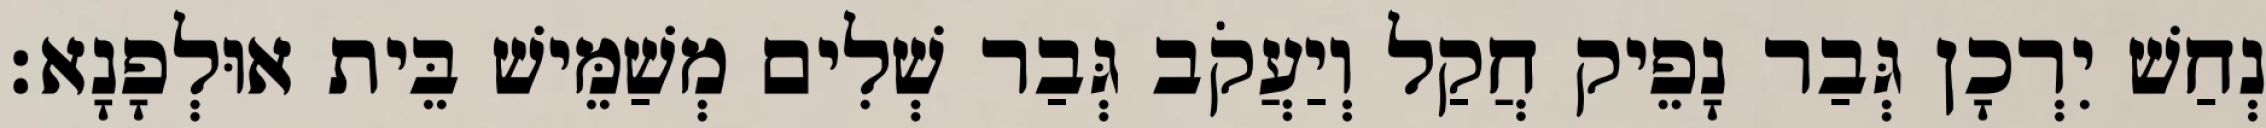
נְחַשׁ יִרְכָן גְּבַר נָפֵיק חֲקַל וְיַעֲקֹב גְּבַר שְׁלִים מְשַׁמֵּישׁ בֵּית אוּלְפָנָא׃